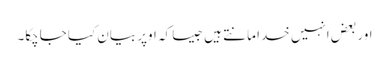
اور بعض انہیں خدا مانتے ہیں جیسا کہ اوپر بیان کیا جاچکا۔